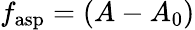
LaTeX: f_{\mathrm{asp}}=(A-A_{0})